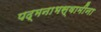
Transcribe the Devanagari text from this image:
पद्मनाभस्वामींना